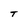
Character: T